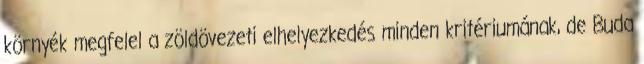
környék megfelel a zöldövezeti elhelyezkedés minden kritériumának, de Buda